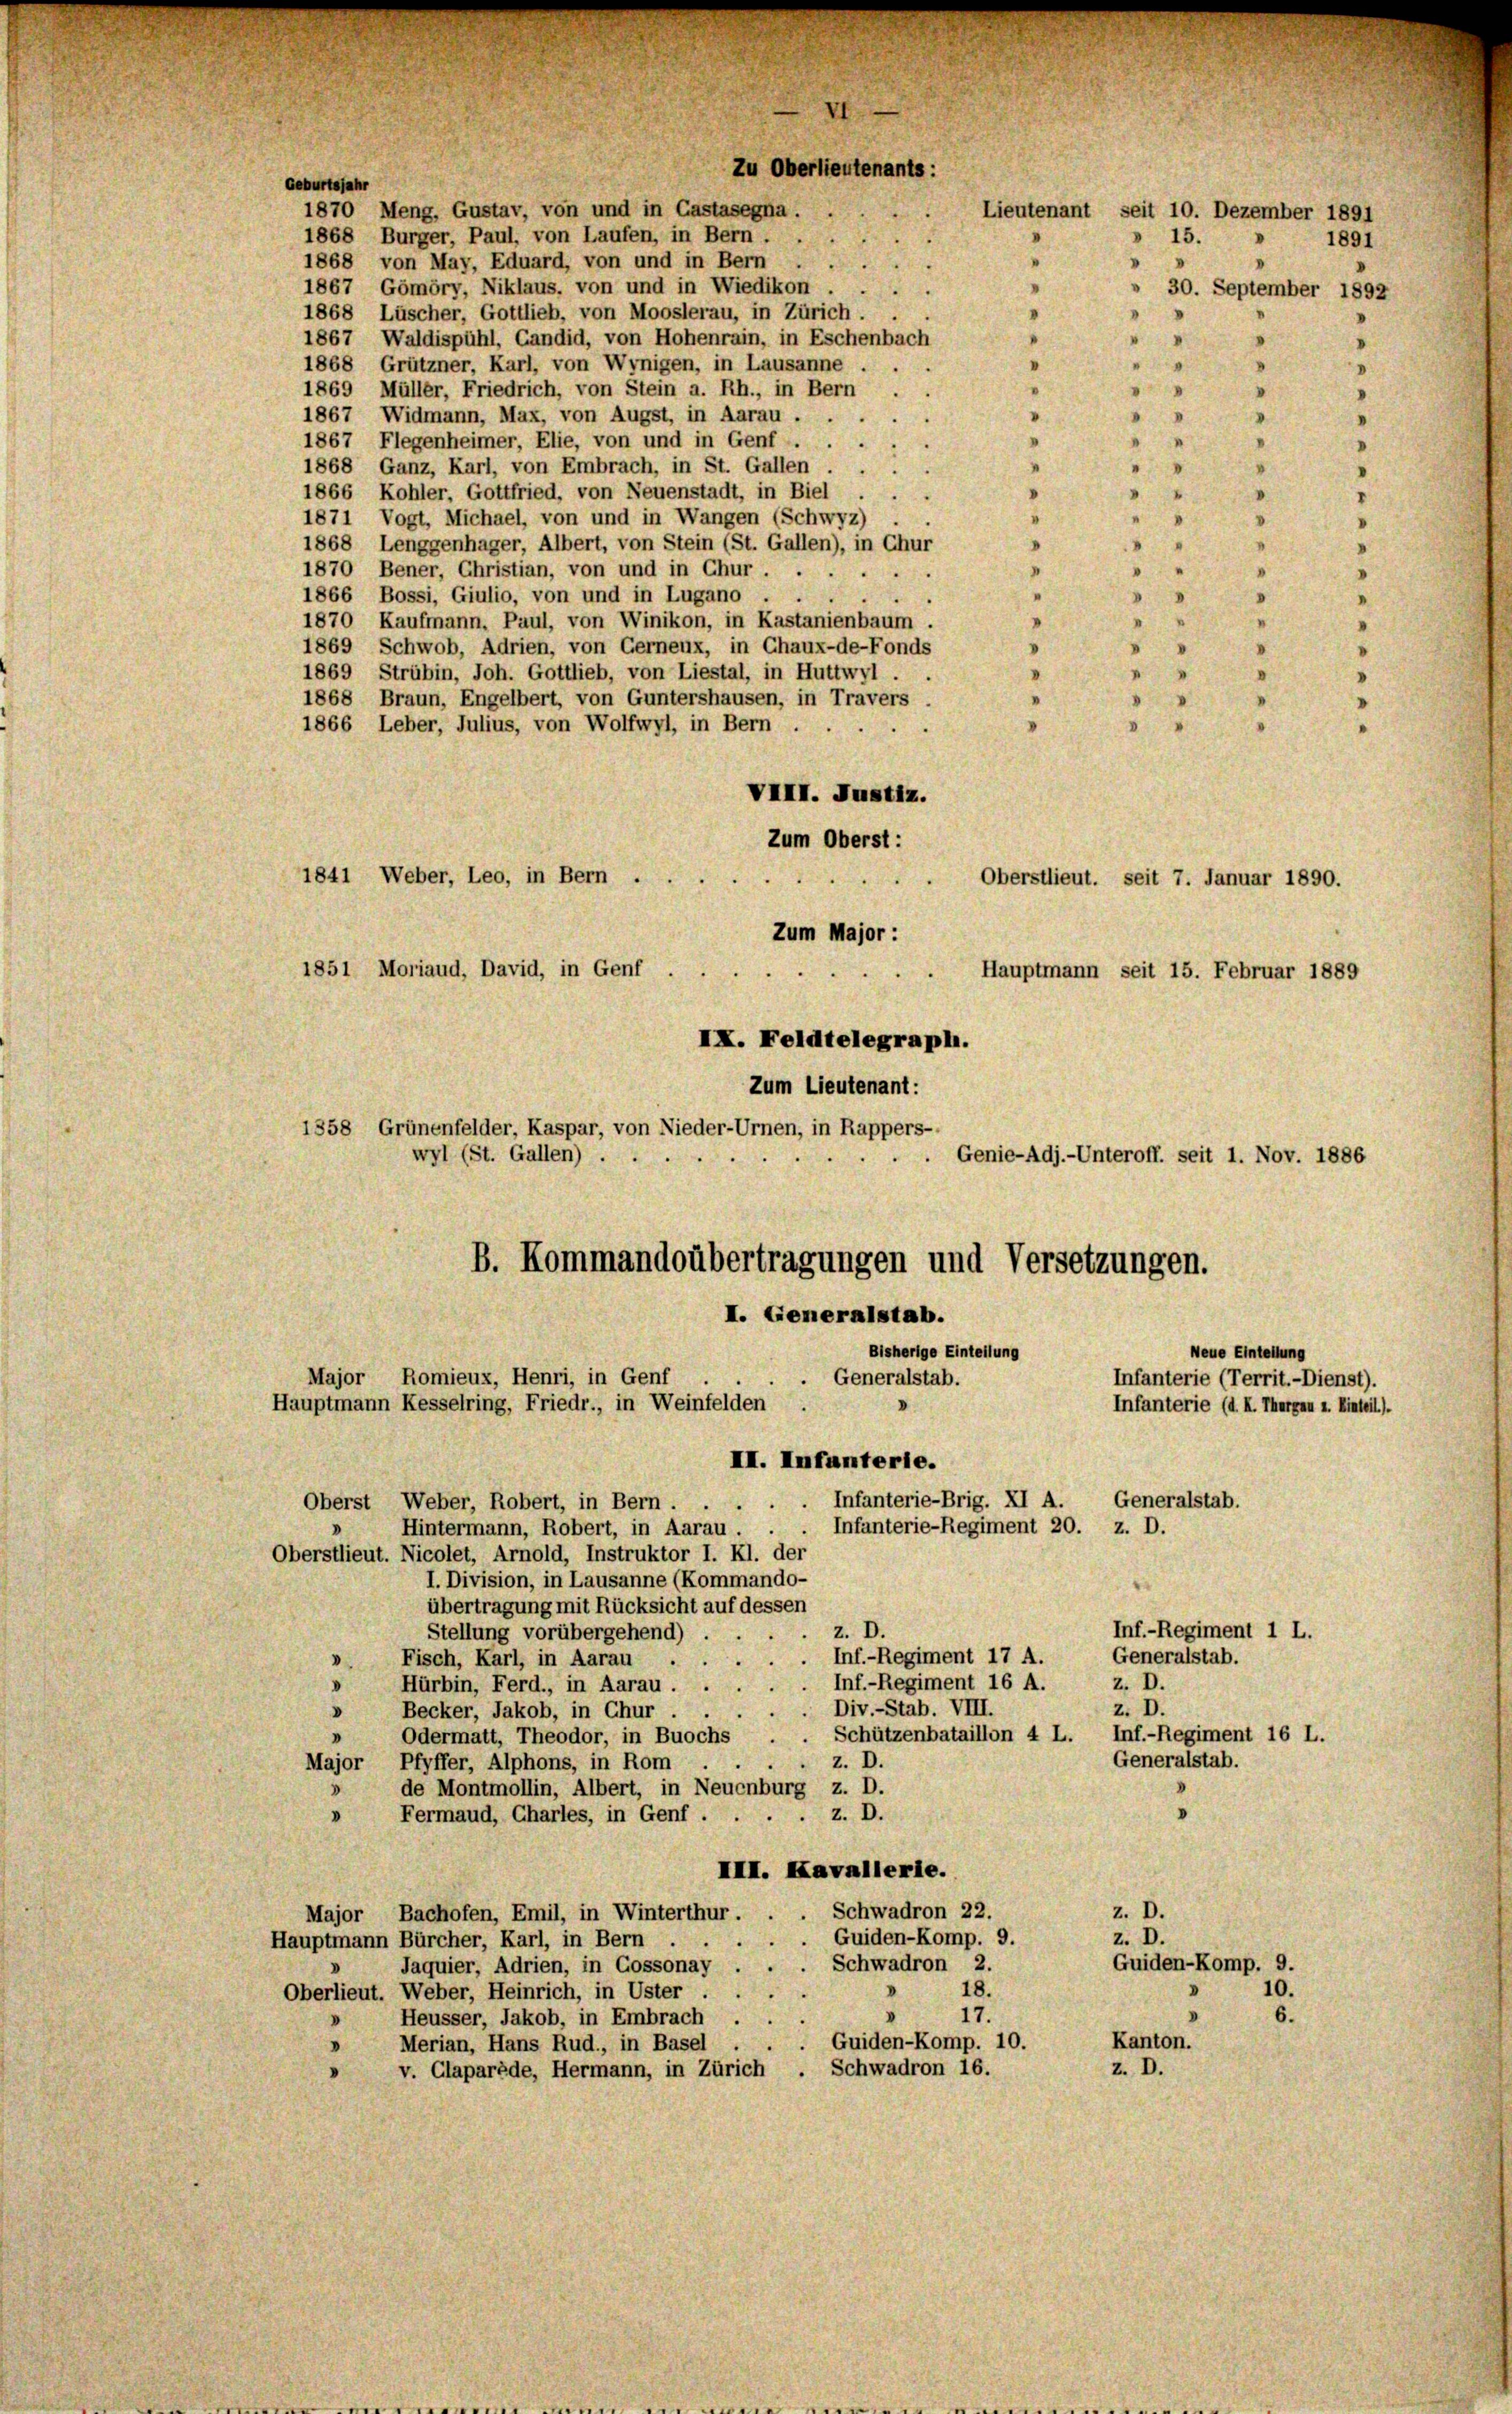
Geburtsjahr
1870 Meng, Gustav, von und in Castasegna .
1868 Burger, Paul, von Laufen, in Bern . .
1868 von May, Eduard, von und in Bern .
1867 Gömöry, Niklaus, von und in Wiedikon . .
1868 Lüscher, Gottlieb, von Mooslerau, in Zürich . .
"
1867, Waldispühl, Candid, von Hohenrain, in Eschenbach
"
1868 Grützner, Karl, von Wynigen, in Lausanne ...
.
.
u
1869 Müller, Friedrich, von Stein a. Rh., in Bern
1867 Widmann, Max, von Augst, in Aarau .
.
V
1867 Flegenheimer, Elie, von und in Genf . .
“
"
1868 Ganz, Karl, von Embrach, in St. Gallen
“
“
1866 Kohler, Gottfried, von Neuenstadt, in Biel
.
“
1871 Vogt, Michael, von und in Wangen (Schwyz)
.
.
1868 Lenggenhager, Albert, von Stein (St. Gallen), in Chur
.
v

"
1
1870 Bener, Christian, von und in Chur
d
1866 Bossi, Giulio, von und in Lugano

"
.
1870 Kaufmann, Paul, von Winikon, in Kastanienbaum .
1869 Schwob, Adrien, von Gerneux, in Chaux-de-Fonds
I
"
1869 Strubin, Joh. Gottlieb, von Liestal, in Huttwyl . .
1868 Braun, Engelbert, von Guntershausen, in Travers .
.
1866 Leber, Julius, von Wolfwyl, in Bern .
"
VIII. Justiz.
Zum Oberst:
1841 Weber, Leo, in Bern .
.
Oberstlieut. seit 7. Januar 1890.
Zum Major :
1851 Moriaud, David, in Genf
Hauptmann seit 15. Februar 1889
IX. Feldtelegraph.
Zum Lieutenant:
1558 Grünenfelder, Kaspar, von Nieder-Urnen, in Rappers-
wyl (St. Gallen)
. Genie-Adj.-Unteroff. seit 1. Nov. 1886
B. Kommandoübertragungen und Versetzungen.
I. Generalstab.
Neue Einteilung
Bisherige Einteilung
Major Romieux, Henri, in Genf
Generalstab.
Infanterie (Territ.- Dienst).
Hauptmann Kesselring, Friedr., in Weinfelden .
Infanterie (d. K. Thurgau u. Einteil).
III. Infanterie.
Infanterie-Brig. XI A. Generalstab.
Oberst Weber, Robert, in Bern . .
Infanterie-Regiment 20. z. D.
D
Hintermann, Robert, in Aarau . .
Oberstlieut. Nicolet, Arnold, Instruktor I. Kl. der
I. Division, in Lausanne (Kommando-
übertragung mit Rücksicht auf dessen
Inf.-Regiment 1 L.
z. D.
Stellung vorübergehend)
Generalstab.
Inf.-Regiment 17 A.
Fisch, Karl, in Aarau ..
d
Inf.-Regiment 16 A.
z. D.
Hürbin, Ferd., in Aarau ..
d
Div.-Stab. VIII.
z. D.
Becker, Jakob, in Chur .
d
Schützenbataillon 4 L. Inf.-Regiment 16 L.
Odermatt, Theodor, in Buochs
Generalstab.
z. D.
Major, Pfyffer, Alphons, in Rom
de Montmollin, Albert, in Neuenburg z. D.
.
z. D.
Fermaud, Charles, in Genf .
III. Kavallerie.
z. D.
Schwadron 22.
Major Bachofen, Emil, in Winterthur.
z. D.
Guiden-Komp. 9.
Hauptmann Bürcher, Karl, in Bern
Schwadron 2.
Guiden-Komp. 9.
Jaquier, Adrien, in Gossonay
18.
10.
Oberlieut. Weber, Heinrich, in Uster .
17.
6.
2
Heusser, Jakob, in Embrach
Kanton.
 Guiden-Komp. 10.
Merian, Hans Rud., in Basel
z. D.
v. Claparède, Hermann, in Zürich Schwadron 16.

Zu Oberlieutenants:
Lieutenant seit 10. Dezember 1891
15.
1891
"

"
» 30. September 1892
"
"

"